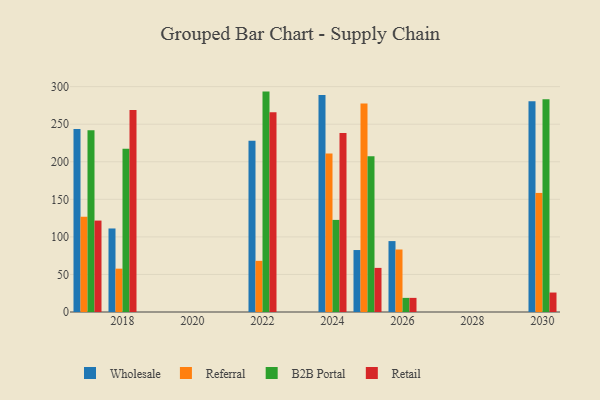
{"axis": {"x": "Year", "y": "Bounce Rate (%)"}, "legend": ["B2B Portal", "Referral", "Retail", "Wholesale"], "data": [{"x": "2024", "y": 288.9, "type": "Wholesale"}, {"x": "2024", "y": 210.9, "type": "Referral"}, {"x": "2024", "y": 122.6, "type": "B2B Portal"}, {"x": "2024", "y": 238.3, "type": "Retail"}, {"x": "2030", "y": 280.4, "type": "Wholesale"}, {"x": "2030", "y": 158.5, "type": "Referral"}, {"x": "2030", "y": 283.2, "type": "B2B Portal"}, {"x": "2030", "y": 25.9, "type": "Retail"}, {"x": "2018", "y": 111.2, "type": "Wholesale"}, {"x": "2018", "y": 57.7, "type": "Referral"}, {"x": "2018", "y": 217.4, "type": "B2B Portal"}, {"x": "2018", "y": 269.0, "type": "Retail"}, {"x": "2022", "y": 227.9, "type": "Wholesale"}, {"x": "2022", "y": 68.1, "type": "Referral"}, {"x": "2022", "y": 293.4, "type": "B2B Portal"}, {"x": "2022", "y": 266.0, "type": "Retail"}, {"x": "2025", "y": 82.5, "type": "Wholesale"}, {"x": "2025", "y": 277.5, "type": "Referral"}, {"x": "2025", "y": 207.2, "type": "B2B Portal"}, {"x": "2025", "y": 58.7, "type": "Retail"}, {"x": "2026", "y": 94.4, "type": "Wholesale"}, {"x": "2026", "y": 83.2, "type": "Referral"}, {"x": "2026", "y": 18.8, "type": "B2B Portal"}, {"x": "2026", "y": 18.8, "type": "Retail"}, {"x": "2017", "y": 243.7, "type": "Wholesale"}, {"x": "2017", "y": 126.8, "type": "Referral"}, {"x": "2017", "y": 242.0, "type": "B2B Portal"}, {"x": "2017", "y": 121.7, "type": "Retail"}]}